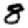
Digit: 8